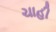
ચાહી